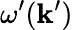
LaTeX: \omega^{\prime}(\boldsymbol{\mathbf{k}}^{\prime})